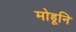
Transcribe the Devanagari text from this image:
मोडूनि